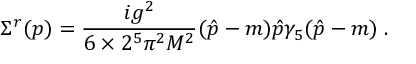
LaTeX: \Sigma ^ { r } ( p ) = \frac { i g ^ { 2 } } { 6 \times 2 ^ { 5 } { \pi } ^ { 2 } M ^ { 2 } } ( \hat { p } - m ) \hat { p } \gamma _ { 5 } ( \hat { p } - m ) \; .